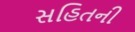
સહિતની